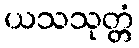
ယသသုတ္တံ